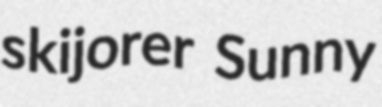
skijorer Sunny